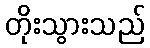
တိုးသွားသည်